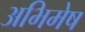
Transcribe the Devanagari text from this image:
अभिमेष